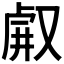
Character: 𠭗